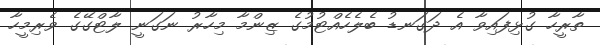
ތާރީހާ ގުޅިފައިވާ އެ ދަގަނޑު ބެލެހެއްޓުމުގެ ޒިންމާ މިހާރު ނަގަނީ ލާޓްގޭގެ ވެރިމީހާ